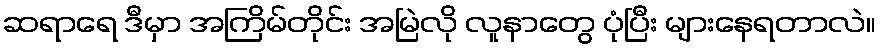
ဆရာရေ ဒီမှာ အကြိမ်တိုင်း အမြဲလို လူနာတွေ ပုံပြီး များနေရတာလဲ။